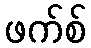
ဖက်စ်